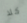
كلا